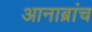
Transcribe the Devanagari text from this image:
आनाब्रांच